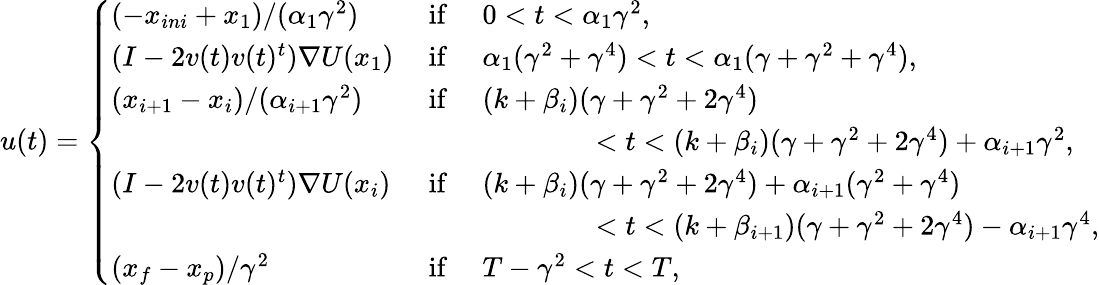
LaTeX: u(t)=\left\{ \begin{array}{lll}{(-x_{ini}+x_{1})/(\alpha_{1}\gamma^{2})}&{\mathrm{~if~}}&{0<t<\alpha_{1}\gamma^{2},}\\ {(I-2v(t)v(t)^{t})\nabla U(x_{1})}&{\mathrm{~if~}}&{\alpha_{1}(\gamma^{2}+\gamma^{4})<t<\alpha_{1}(\gamma+\gamma^{2}+\gamma^{4}),}\\ {(x_{i+1}-x_{i})/(\alpha_{i+1}\gamma^{2})}&{\mathrm{~if~}}&{(k+\beta_{i})(\gamma+\gamma^{2}+2\gamma^{4})}\\ &&{\qquad\qquad<t<(k+\beta_{i})(\gamma+\gamma^{2}+2\gamma^{4})+\alpha_{i+1}\gamma^{2},}\\ {(I-2v(t)v(t)^{t})\nabla U(x_{i})}&{\mathrm{~if~}}&{(k+\beta_{i})(\gamma+\gamma^{2}+2\gamma^{4})+\alpha_{i+1}(\gamma^{2}+\gamma^{4})}\\ &&{\qquad\qquad<t<(k+\beta_{i+1})(\gamma+\gamma^{2}+2\gamma^{4})-\alpha_{i+1}\gamma^{4},}\\ {(x_{f}-x_{p})/\gamma^{2}}&{\mathrm{~if~}}&{T-\gamma^{2}<t<T,}\end{array}\right.